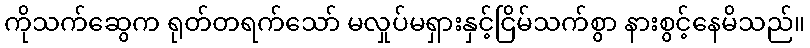
ကိုသက်ဆွေက ရုတ်တရက်သော် မလှုပ်မရှားနှင့်ငြိမ်သက်စွာ နားစွင့်နေမိသည်။